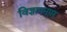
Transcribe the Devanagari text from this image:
विज्ञापनपर